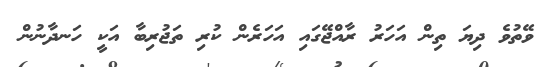
ވޭތުވެ ދިޔަ ތިން އަހަރު ރާއްޖޭގައި އަހަރެން ކުރި ތަޖުރިބާ އަކީ ހަނދާނުން